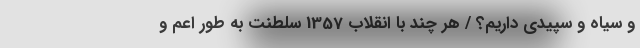
و سیاه و سپیدی داریم؟ / هر چند با انقلاب 1357 سلطنت به طور اعم و